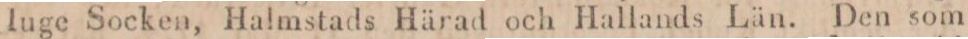
luge Socken, Halmstads Härad och Hallands Län. Den som